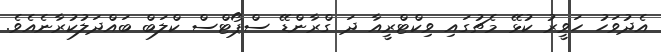
އެދުވަހު ހަވީރު ކުޅޭ މެޗުގައި ވިކްޓްރީއާ ދަ ގްރާންޑޭ ސްޕޯޓްސް ކްލަބް ބައްދަލުކުރާނެއެވެ.